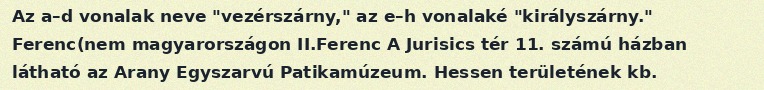
Az a–d vonalak neve "vezérszárny," az e–h vonalaké "királyszárny." Ferenc(nem magyarországon II.Ferenc A Jurisics tér 11. számú házban látható az Arany Egyszarvú Patikamúzeum. Hessen területének kb.